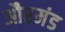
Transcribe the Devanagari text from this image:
औरमंड